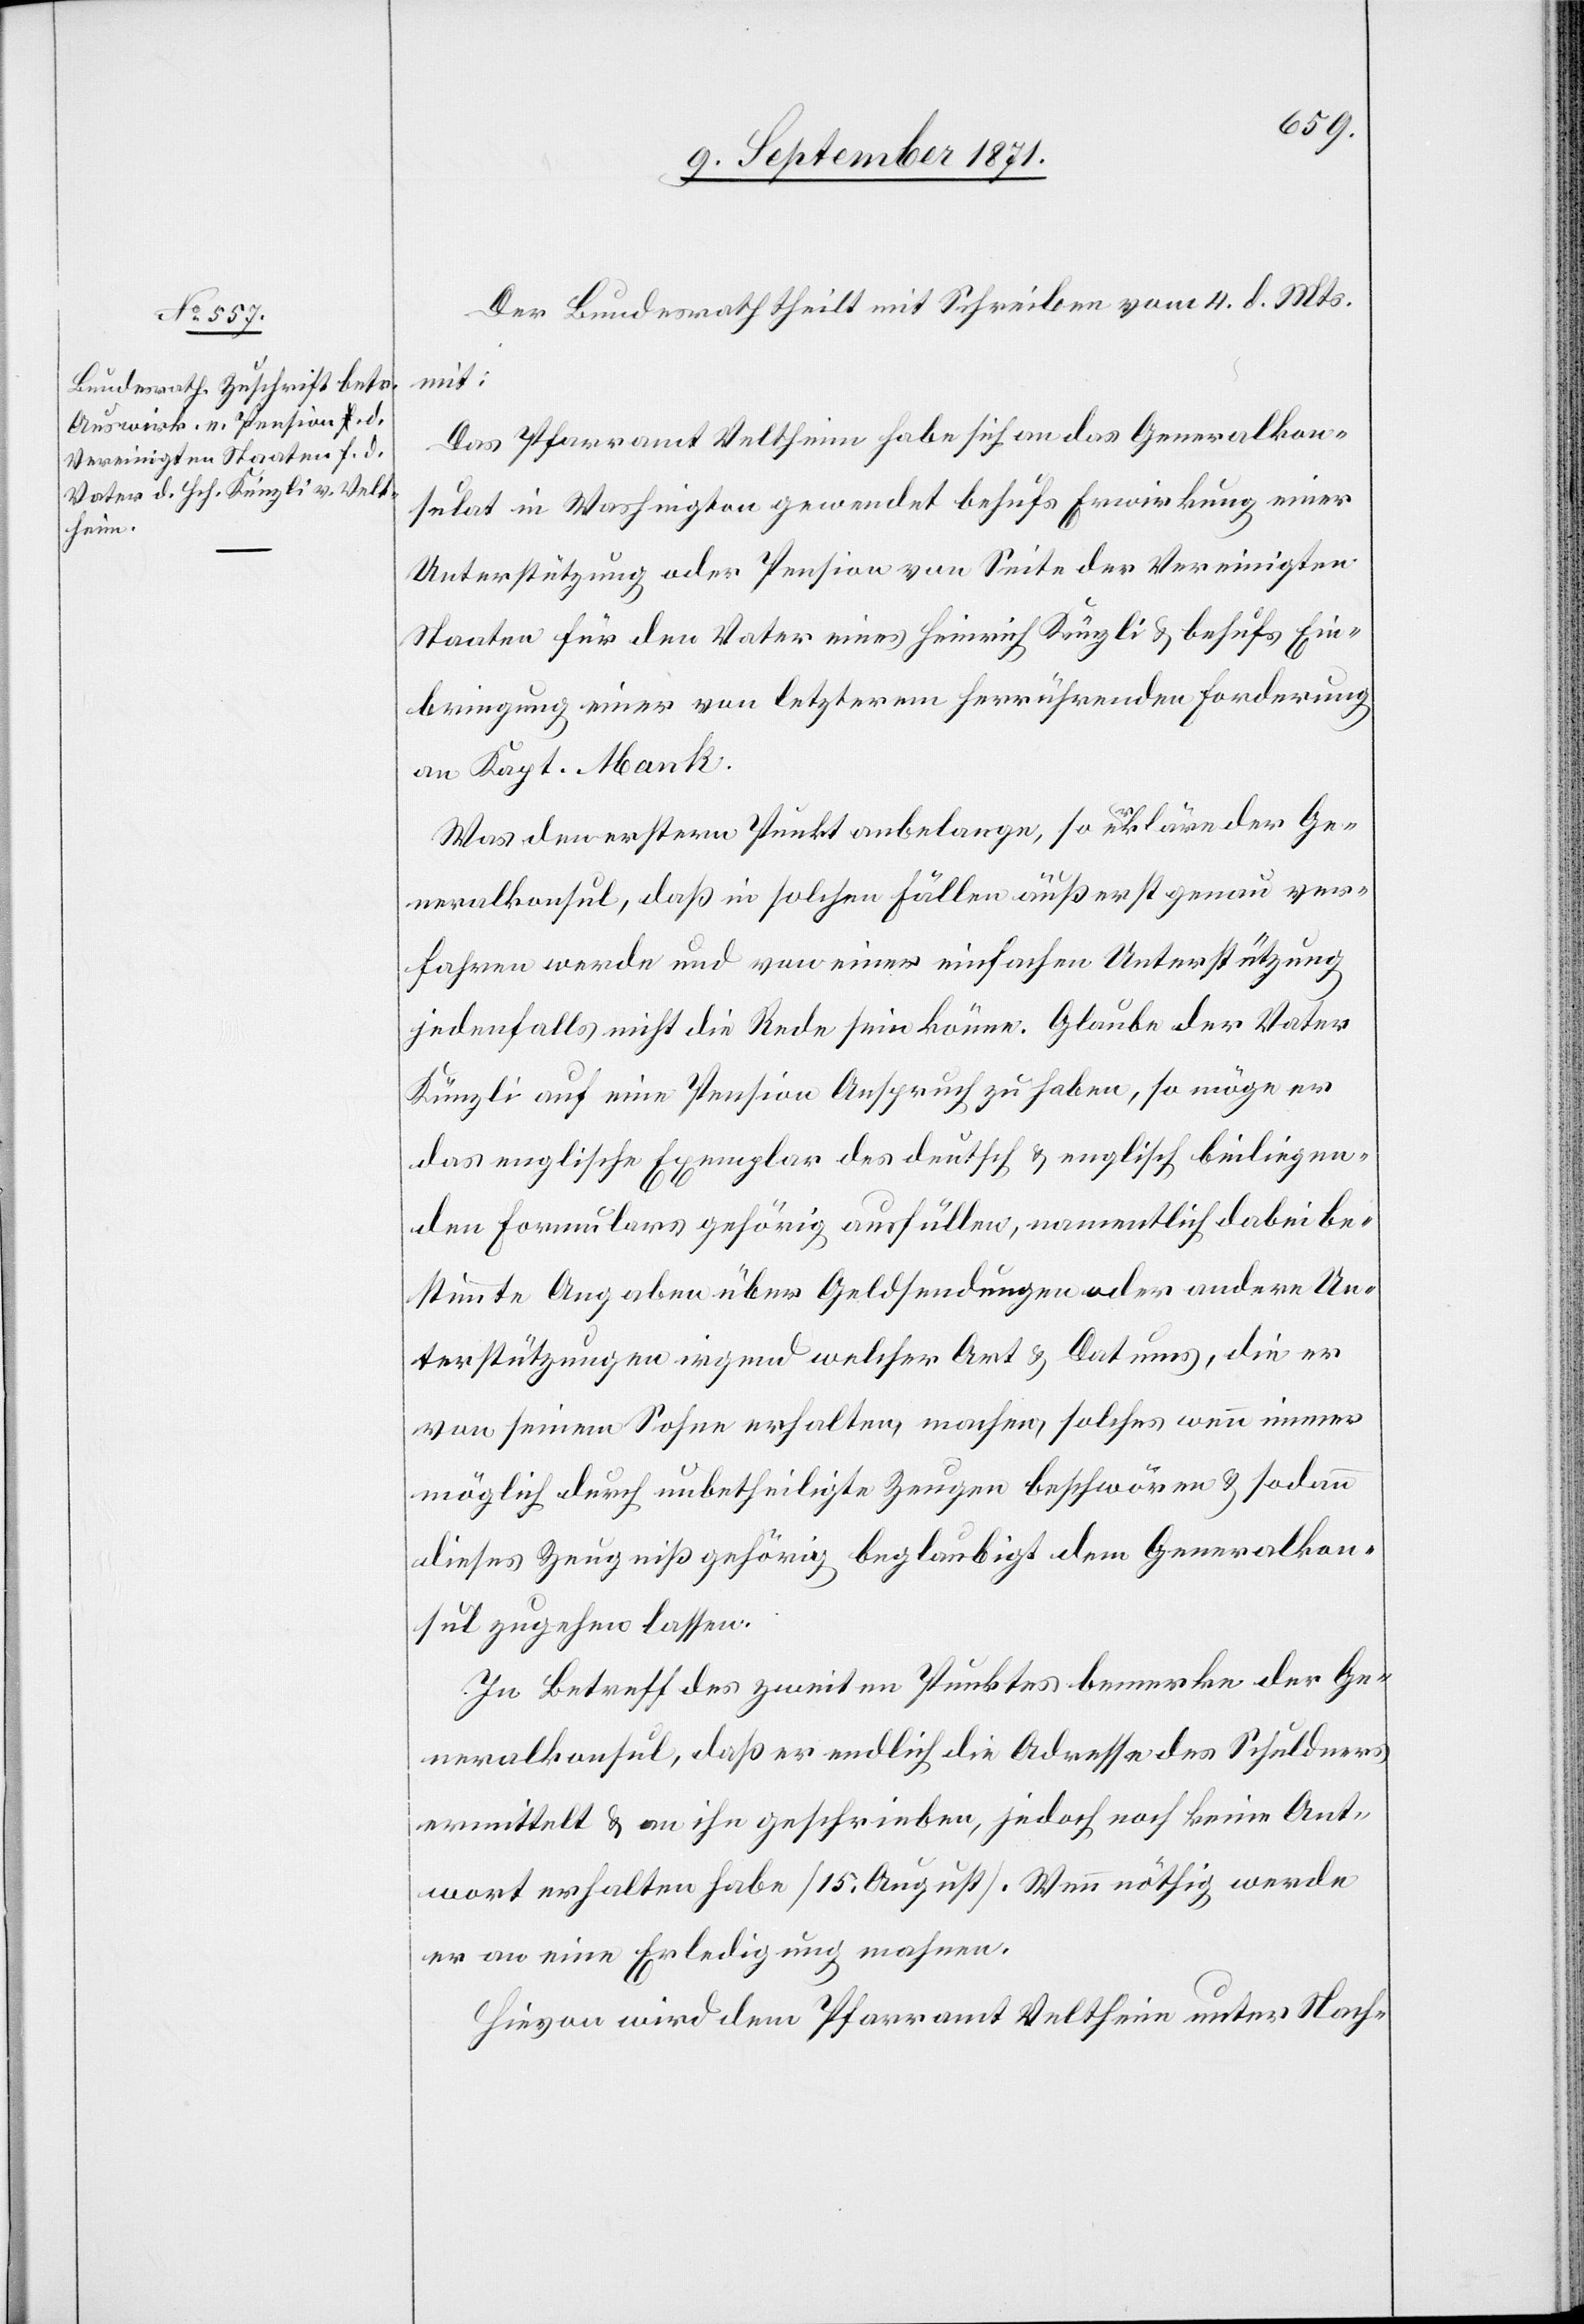
9. September 1871.]
Der Bundesrath theilt mit Schreiben vom 4. d. Mts.
mit:
Das Pfarramt Veltheim habe sich an das Generalkon¬
sulat in Washington gewendet behufs Erwirkung einer
Unterstützung oder Pension von Seite der Vereinigten
Staaten für den Vater eines Heinrich Künzli & behufs Ein¬
bringung einer von letzeren herrührenden Forderung
an Kapt. Mank.
Was den ersteren Punkt anbelange, so erkläre der Ge¬
neralkonsul, daß in solchen Fällen äußerst genau ver¬
fahren werde und von einer einfachen Unterstützung
jedenfalls nicht die Rede sein könne. Glaube der Vater
Künzli auf eine Pension Anspruch zu haben, so möge er
das englische Exemplar des deutsch & englisch beiliegen¬
den Formulars gehörig ausfüllen, namentlich dabei be¬
stimmte Angaben über Geldforderungen oder andere Un¬
terstützungen irgendwelcher Art & Datums, die er
von seinem Sohn erhalten, machen, solches wenn immer
möglich durch unbetheiligte Zeugen beschwören & sodann
dieses Zeugniß gehörig beglaubigt dem Generalkon¬
sulat zugehen lassen.
In Betracht des zweiten Punktes bemerke der Ge¬
neralkonsul, daß er endlich die Adressen des Schuldners
ermittelt & an ihn geschrieben, jedoch noch keine Ant¬
wort erhalten habe [15. August]. Wenn nöthig werde
er an eine Erledigung mahnen.
Hirvon wird dem Pfarramt Veltheim unter Nach-